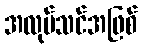
အလုပ်သင်အဖြစ်